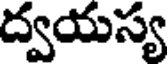
ద్వయస్య